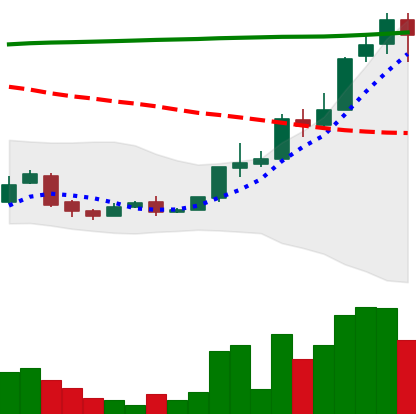
Ticker: XLM-USD
Chart end date: 2018-04-21
Forward return: 3.166%
Label: up_3_5